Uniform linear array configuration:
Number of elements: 32
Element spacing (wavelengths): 0.5
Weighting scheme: kaiser
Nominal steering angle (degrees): -30
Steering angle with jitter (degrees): -28.359
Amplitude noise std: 0.05
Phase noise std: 0.05

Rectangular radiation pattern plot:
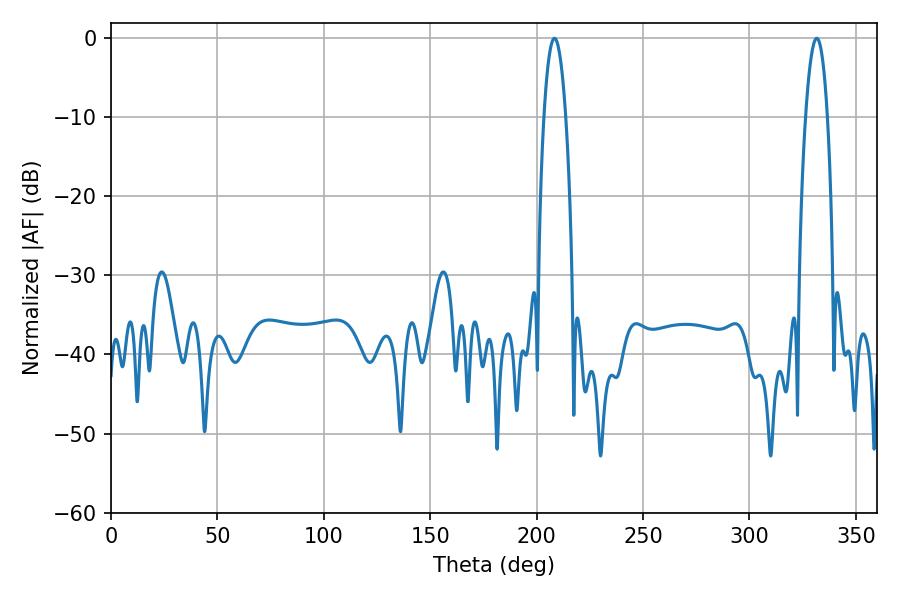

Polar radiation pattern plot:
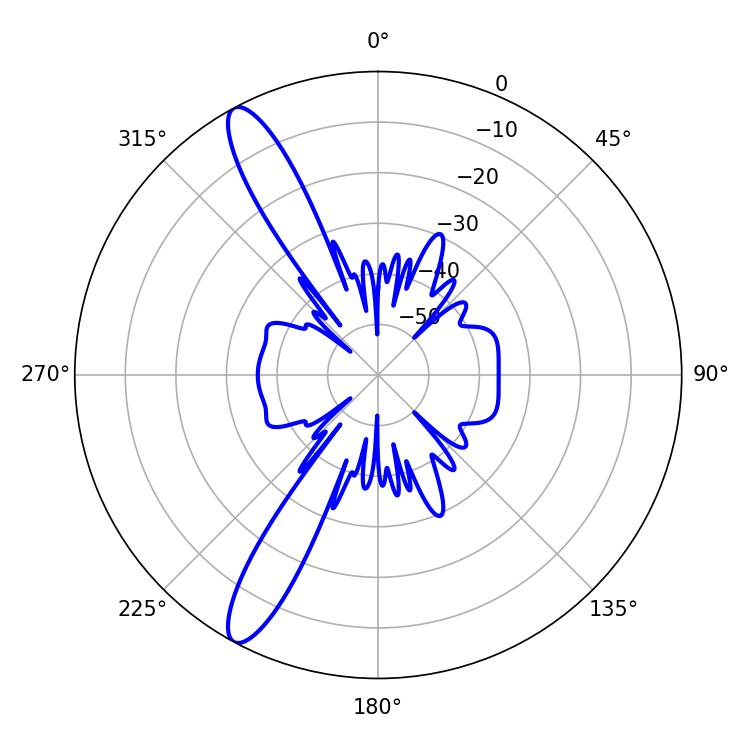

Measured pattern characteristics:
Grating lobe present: FALSE
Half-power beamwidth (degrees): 5.76
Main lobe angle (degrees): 331.56